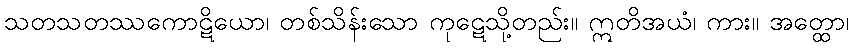
သတသတဿကောဋိယော၊ တစ်သိန်းသော ကုဋေသို့တည်း။ ဣတိအယံ၊ ကား။ အတ္ထော၊